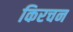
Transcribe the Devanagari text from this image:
किरचन